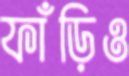
ফাঁড়িও